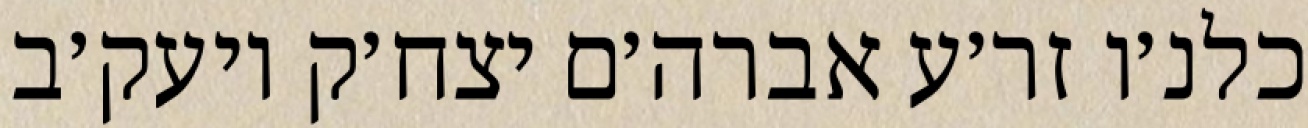
כלנ׳ו זר׳ע אברה׳ם יצח׳ק ויעק׳ב